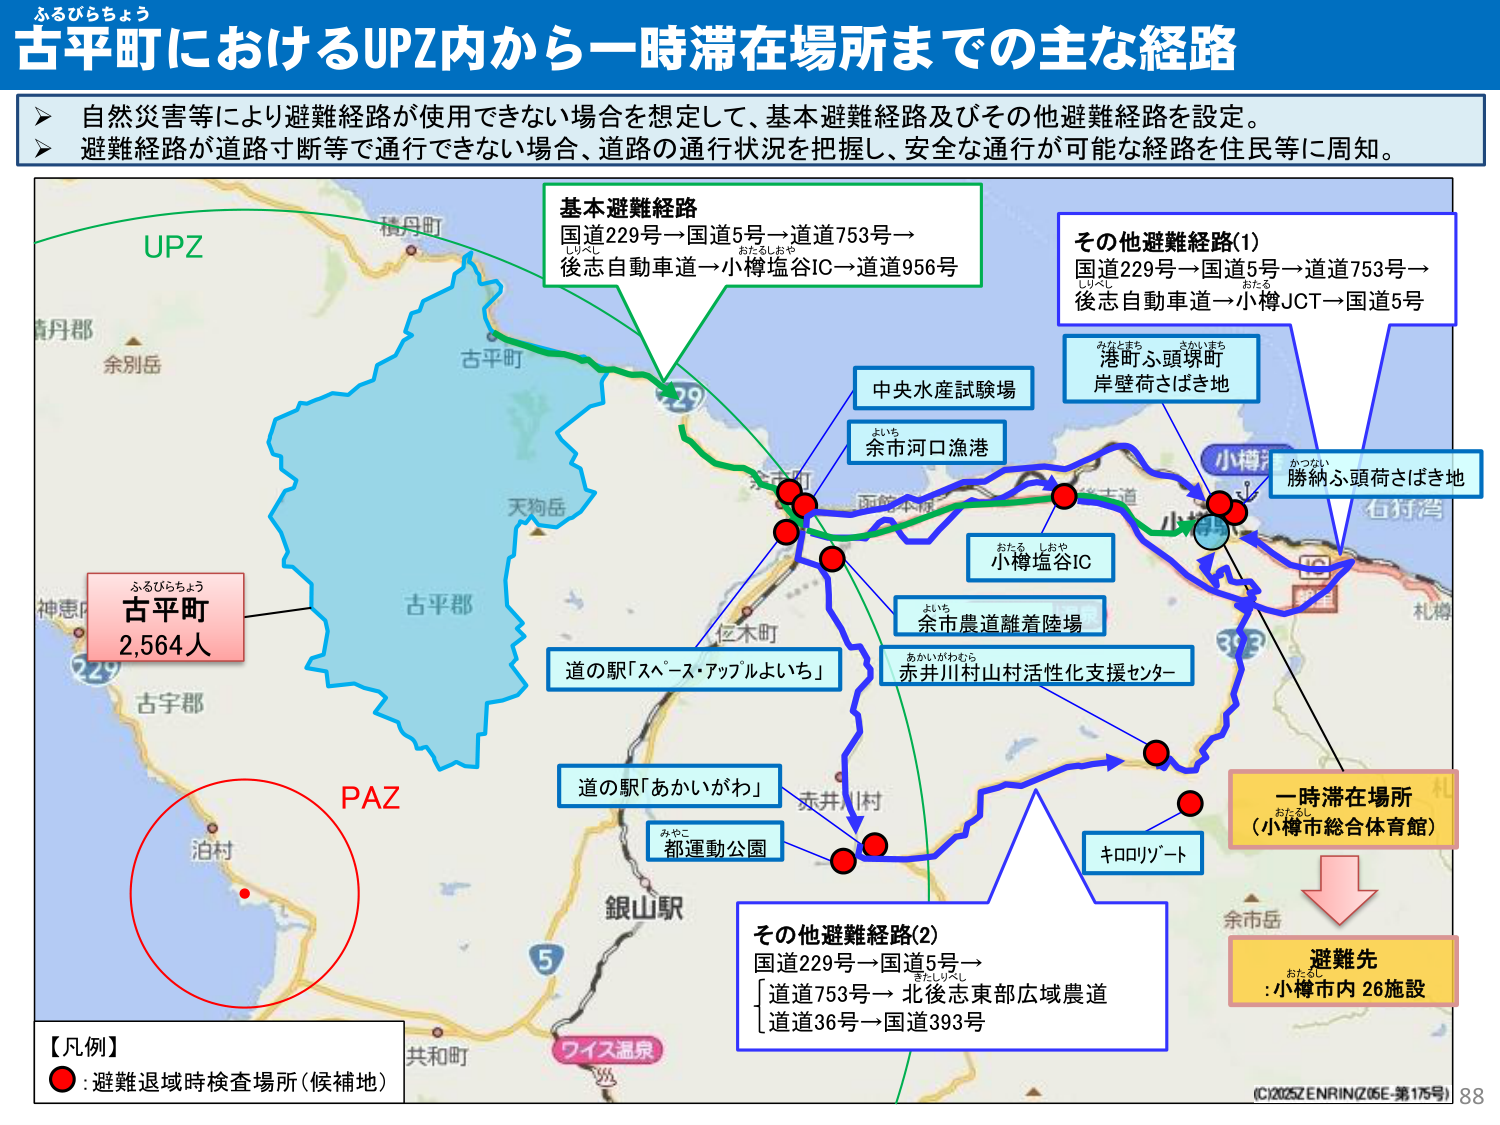
ふるびらちょう
古平町におけるUPZ内から一時滞在場所までの主な経路

▶ 自然災害等により避難経路が使用できない場合を想定して、基本避難経路及びその他避難経路を設定。
▶ 避難経路が道路寸断等で通行できない場合、道路の通行状況を把握し、安全な通行が可能な経路を住民等に周知。

UPZ
積丹町
古平町
天狗岳
古平郡
神恵内
古宇郡
泊村
PAZ
ワイス温泉
共和町
銀山駅
みやこ
都運動公園
道の駅「あかいがわ」
赤井川村
道の駅「スペース・アップルよいち」
余市町
後志本線
小樽
小樽塩谷IC
おたる しおや
余市河口漁港
よいち
余市農道離着陸場
よいち
赤井川村山村活性化支援センター
あかいがわむら
中央水産試験場
港町ふ頭頃町
みなとまち さかいまち
岸壁荷さばき地
小樽
かつない
勝納ふ頭荷さばき地
石狩湾
札樽
余市岳
キロリゾート
小樽JCT
おたる しおや
国道229号→国道5号→道道753号→後志自動車道→小樽塩谷IC→道道956号
基本避難経路
国道229号→国道5号→道道753号→後志自動車道→小樽JCT→国道5号
その他避難経路(1)
国道229号→国道5号→
道道753号→北後志東部広域農道
道道36号→国道393号
その他避難経路(2)
一時滞在場所
（小樽市総合体育館）
おたるし
避難先
:小樽市内 26施設
おたるし
【凡例】
● :避難退域時検査場所（候補地）
(C)2026 ZENRIN (Z05E_第175号) 88
ふるびらちょう
古平町
2,564人